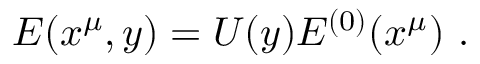
{ \cal E } ( x ^ { \mu } , y ) = U ( y ) { \cal E } ^ { ( 0 ) } ( x ^ { \mu } ) \ .